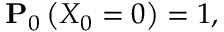
{ \bf P } _ { 0 } \left( X _ { 0 } = 0 \right) = 1 ,